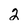
Character: 2